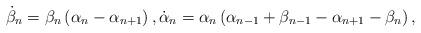
LaTeX: \begin{align*} \begin{array}{l}\displaystyle \dot{\beta}_{n} = \beta_{n} \left( \alpha_{n} - \alpha_{n+1} \right), \displaystyle \dot{\alpha}_{n} = \alpha_{n} \left( \alpha_{n-1} + \beta_{n-1} - \alpha_{n+1} - \beta_{n}\right),\end{array} \end{align*}